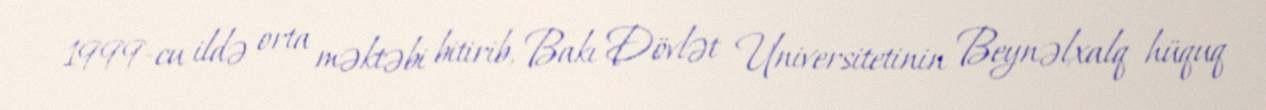
1999-cu ildə orta məktəbi bitirib, Bakı Dövlət Universitetinin Beynəlxalq hüquq